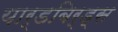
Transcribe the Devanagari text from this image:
यार्डबिर्ड्स